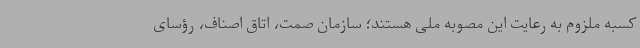
کسبه ملزوم به رعایت این مصوبه ملی هستند؛ سازمان صمت، اتاق اصناف، رؤسای